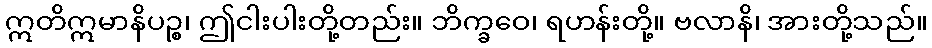
ဣတိဣမာနိပဉ္စ၊ ဤငါးပါးတို့တည်း။ ဘိက္ခဝေ၊ ရဟန်းတို့။ ဗလာနိ၊ အားတို့သည်။